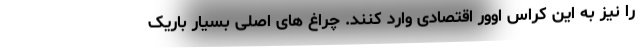
را نیز به این کراس اوور اقتصادی وارد کنند. چراغ های اصلی بسیار باریک